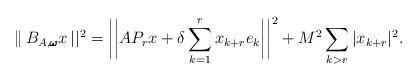
LaTeX: \begin{align*}\|\,B_{A,\pmb{\omega} }x\,||^{2}=\biggl|\biggl|AP_{r}x+\delta \sum_{k=1}^{r}x_{k+r}e_{k}\biggr|\biggr|^{2}+M^{2}\sum_{k>r}|x_{k+r}|^{2}.\end{align*}